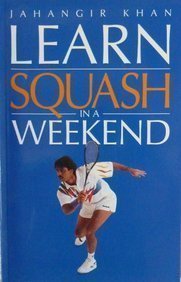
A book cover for Learn squash in a weekend; JAHANGIR KHAN; Sports & Outdoors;